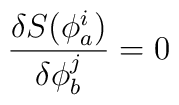
\frac{\delta S(\phi_a^i)}{\delta \phi_b^j}  = 0